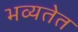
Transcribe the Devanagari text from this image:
भव्यतेत